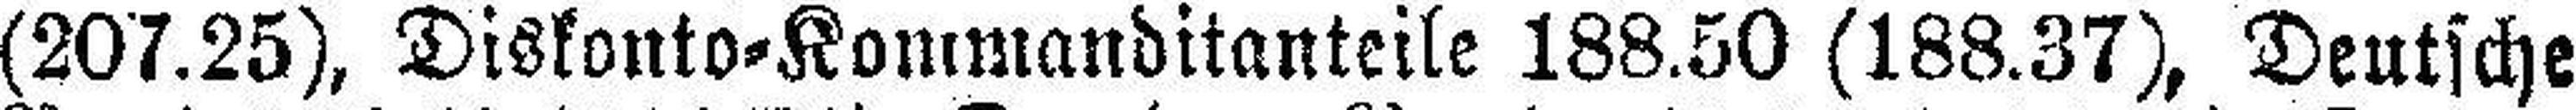
(207.25), Diskonto=Kommanditanteile 188.50 (188.37), Deutsche